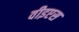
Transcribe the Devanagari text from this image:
वीइएस